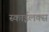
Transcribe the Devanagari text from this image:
स्काईलक्स